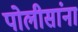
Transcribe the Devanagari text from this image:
पोलीसांना